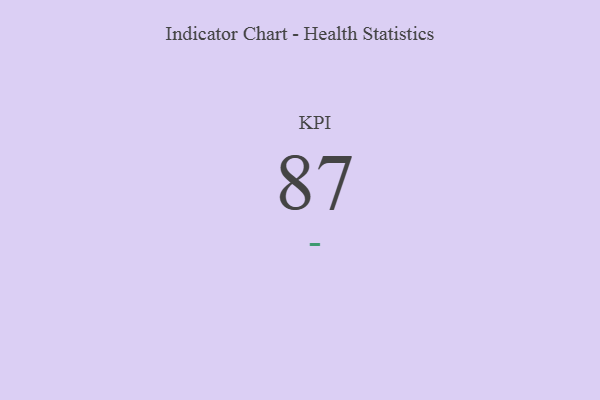
{"axis": {"x": "KPI", "y": "Value"}, "legend": [""], "data": [{"x": "KPI", "y": 87, "type": ""}]}